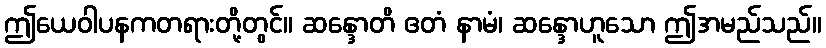
ဤယေဝါပနကတရားတို့တွင်။ ဆန္ဒောတိ ဧတံ နာမံ၊ ဆန္ဒောဟူသော ဤအမည်သည်။